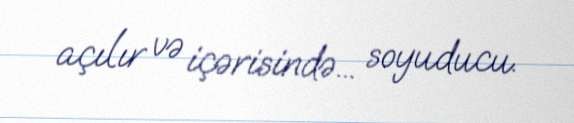
açılır və içərisində... soyuducu.